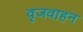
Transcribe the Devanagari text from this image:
वृजवाहन